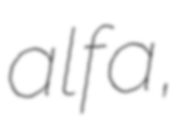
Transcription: alfa,